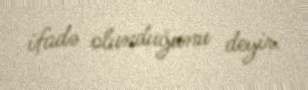
ifadə olunduğunu deyir.